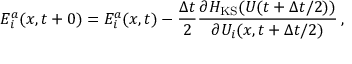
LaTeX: E _ { i } ^ { a } ( x , t + 0 ) = E _ { i } ^ { a } ( x , t ) - \frac { \Delta t } { 2 } \frac { \partial H _ { \mathrm { K S } } ( U ( t + \Delta t / 2 ) ) } { \partial U _ { i } ( x , t + \Delta t / 2 ) } \, ,